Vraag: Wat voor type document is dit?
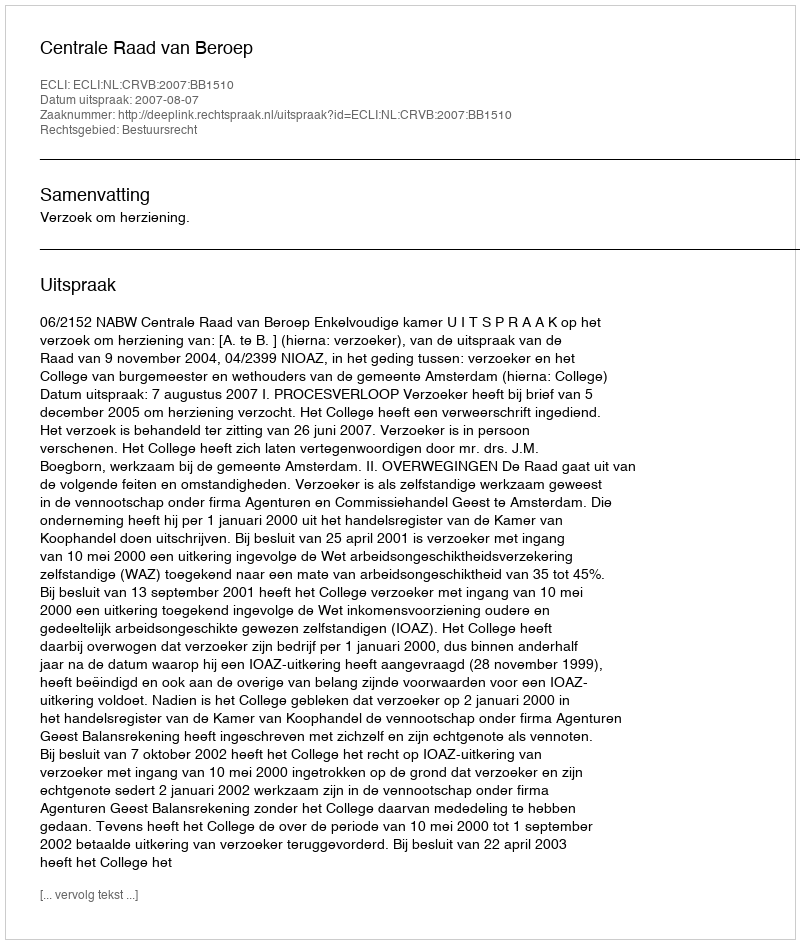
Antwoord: Uitspraak